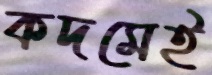
কদমেই